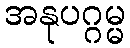
အနုပဂ္ဂမ္မ